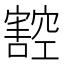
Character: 𭔠